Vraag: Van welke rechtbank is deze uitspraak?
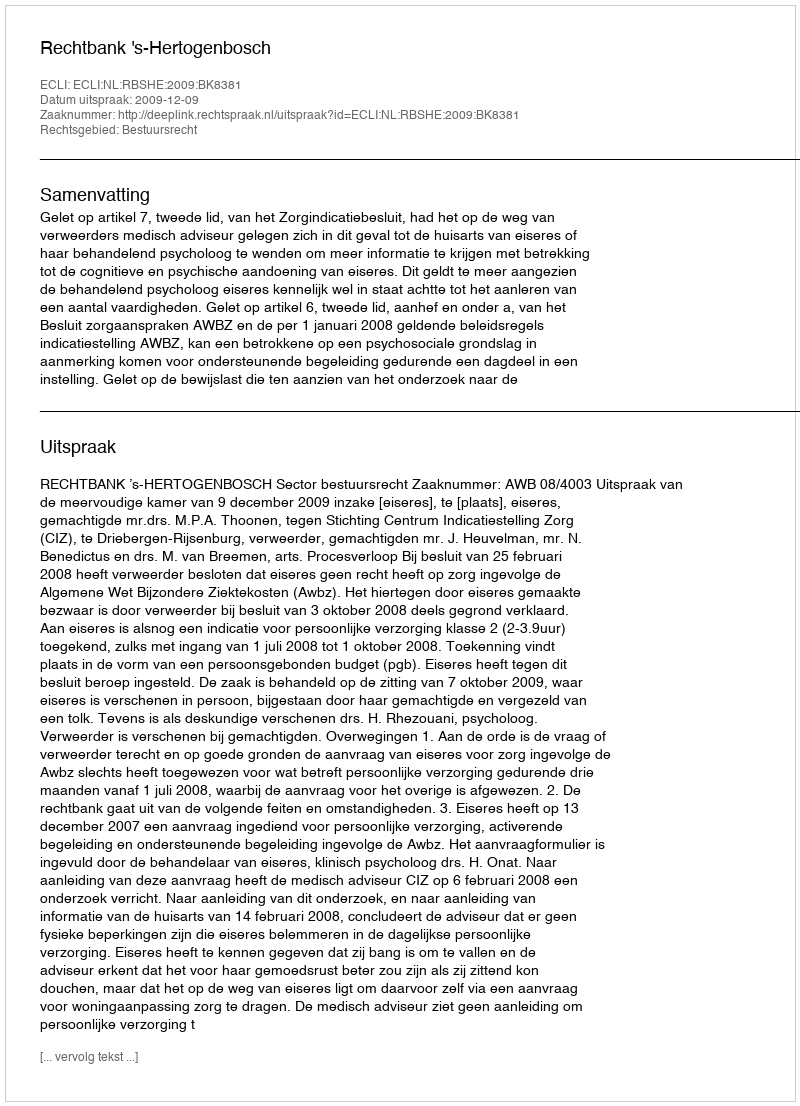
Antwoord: Rechtbank 's-Hertogenbosch